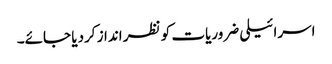
اسرائیلی ضروریات کو نظر انداز کردیا جائے۔